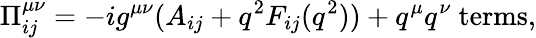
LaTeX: \Pi_{ij}^{\mu\nu}=-ig^{\mu\nu}(A_{ij}+q^{2}F_{ij}(q^{2}))+q^{\mu}q^{\nu}\ \mathrm{terms},